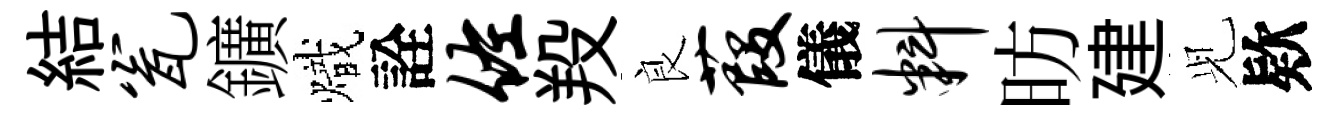
結瓮鑛熾詮佐羖良葭儀料昉建𫤗欵